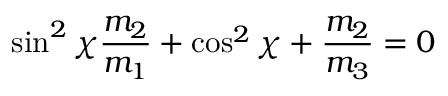
\sin ^ { 2 } \chi \frac { m _ { 2 } } { m _ { 1 } } + \cos ^ { 2 } \chi + \frac { m _ { 2 } } { m _ { 3 } } = 0